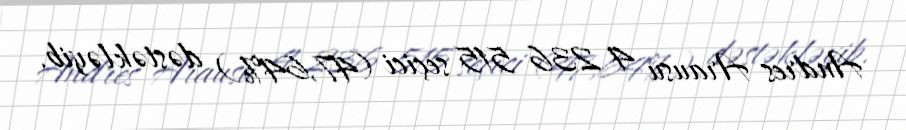
Andres Arausu 4 236 515 seçici (47,64%) dəstəkləyib.